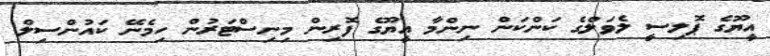
އީޔޫގެ ޕޮލިސީ ލެވަލްގެ ކަންކަން ނިންމާ އީޔޫގެ ފޮރިން މިނިސްޓަރުން ހިމެނޭ ކައުންސިލް